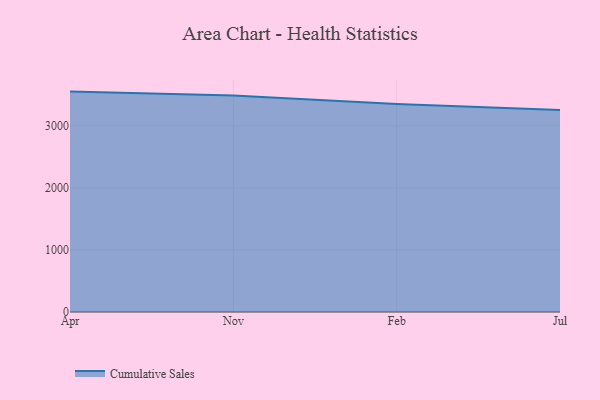
{"axis": {"x": "Month", "y": "Churn Rate (%)"}, "legend": ["Cumulative Sales"], "data": [{"x": "Apr", "y": 3550.3, "type": "Cumulative Sales"}, {"x": "Nov", "y": 3486.4, "type": "Cumulative Sales"}, {"x": "Feb", "y": 3351.7, "type": "Cumulative Sales"}, {"x": "Jul", "y": 3253.7, "type": "Cumulative Sales"}]}